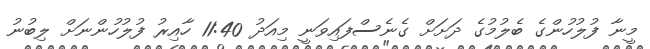
މީނާ ފުލުހުންގެ ބެލުމުގެ ދަށަށް ގެނެސްފައިވަނީ މިއަދު 11:40 ހާއިރު ފުލުހުންނަށް ލިބުނު